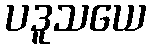
ပဒူသယေ